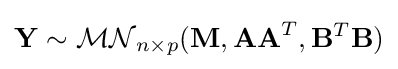
\mathbf {Y} \sim {\mathcal {MN}}_{n\times p}(\mathbf {M} ,\mathbf {AA} ^{T},\mathbf {B} ^{T}\mathbf {B} )